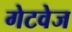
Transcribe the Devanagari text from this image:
गेटवेज